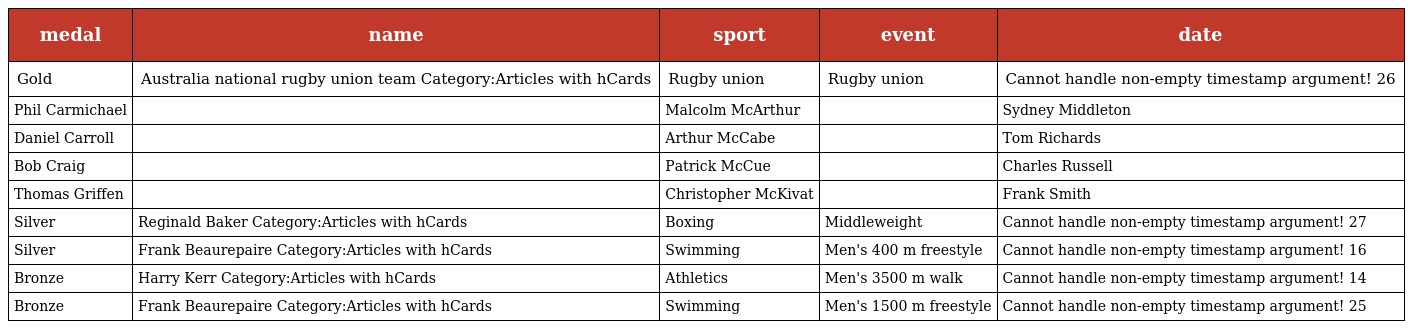
| medal | name | sport | event | date |
 | --- | --- | --- | --- | --- |
 | Gold | Australia national rugby union team Category:Articles with hCards | Rugby union | Rugby union | Cannot handle non-empty timestamp argument! 26 |
 | Phil Carmichael |  | Malcolm McArthur |  | Sydney Middleton |
 | Daniel Carroll |  | Arthur McCabe |  | Tom Richards |
 | Bob Craig |  | Patrick McCue |  | Charles Russell |
 | Thomas Griffen |  | Christopher McKivat |  | Frank Smith |
 | Silver | Reginald Baker Category:Articles with hCards | Boxing | Middleweight | Cannot handle non-empty timestamp argument! 27 |
 | Silver | Frank Beaurepaire Category:Articles with hCards | Swimming | Men's 400 m freestyle | Cannot handle non-empty timestamp argument! 16 |
 | Bronze | Harry Kerr Category:Articles with hCards | Athletics | Men's 3500 m walk | Cannot handle non-empty timestamp argument! 14 |
 | Bronze | Frank Beaurepaire Category:Articles with hCards | Swimming | Men's 1500 m freestyle | Cannot handle non-empty timestamp argument! 25 |